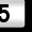
Digit: 5